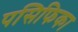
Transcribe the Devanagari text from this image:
पसिफिका